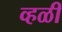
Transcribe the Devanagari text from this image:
व्हळी